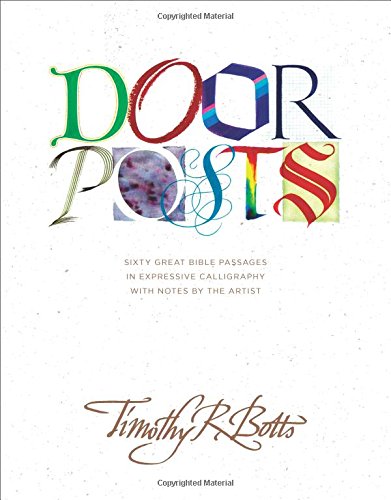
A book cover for Doorposts; Timothy R. Botts; Arts & Photography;